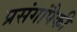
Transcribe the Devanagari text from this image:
प्रसंगांपैकी